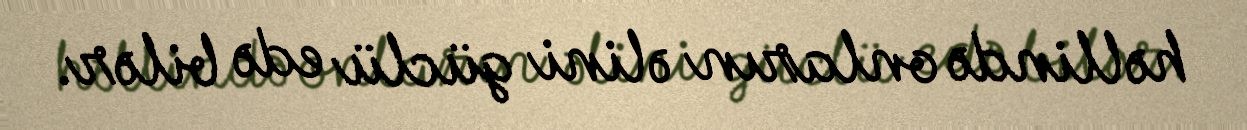
həllində onların əlini güclü edə bilər.